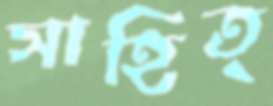
সাহিত্